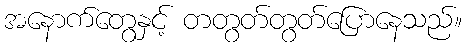
အနောက်တွေနှင့် တတွတ်တွတ်ပြောနေသည်။